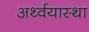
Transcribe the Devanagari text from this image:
अर्थ्वयास्था